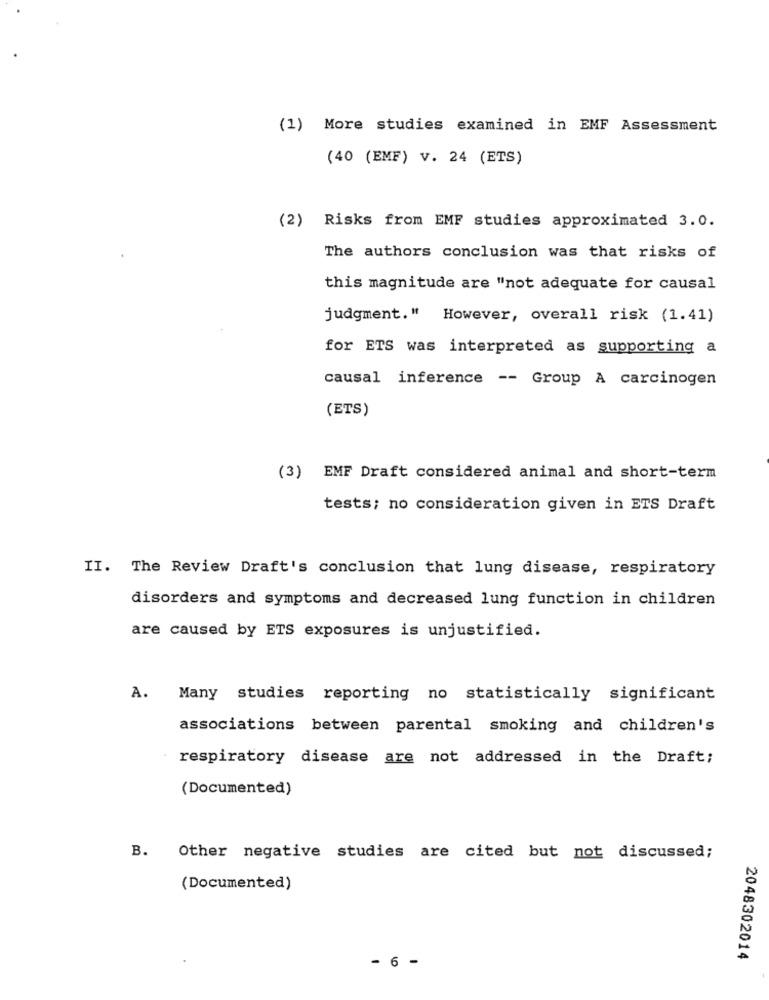
(1) More studies examined in EMF Assessment
(40 (EMF) V. 24 (ETS)
(2) Risks from EMF studies approximated 3.0.
The authors conclusion was that risks of
this magnitude are "not adequate for causal
judgment." However, overall risk (1.41)
for ETS was interpreted as supporting a
causal inference -- Group A carcinogen
(ETS)
(3) EMF Draft considered animal and short-term
tests; no consideration given in ETS Draft
II. The Review Draft's conclusion that lung disease, respiratory
disorders and symptoms and decreased lung function in children
are caused by ETS exposures is unjustified.
A.
Many studies reporting no statistically significant
associations between parental smoking and children's
respiratory disease are not addressed in the Draft;
(Documented)
B. Other negative studies are cited but not discussed;
(Documented)
- 6 -
2048302014